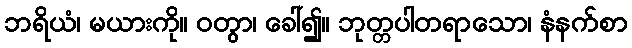
ဘရိယံ၊ မယားကို။ ဝတွာ၊ ခေါ်၍။ ဘုတ္တပါတရာသော၊ နံနက်စာ